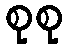
စုစု